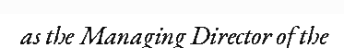
as the Managing Director of the